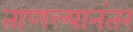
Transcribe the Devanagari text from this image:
ताणल्यानंतर